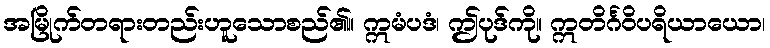
အမြိုက်တရားတည်းဟူသောစည်၏။ ဣမံပဒံ၊ ဤပုဒ်ကို။ ဣတိင်္ဂဝိပရိယာယော၊